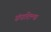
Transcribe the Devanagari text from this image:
संपादिल्या